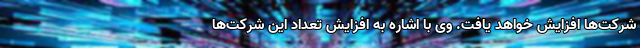
شرکت‌ها افزایش خواهد یافت. وی با اشاره به افزایش تعداد این شرکت‌ها